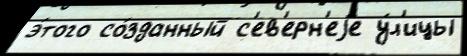
э́того со́зданный с'ев'ерн'еjе у́л'ицы